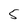
Character: 5